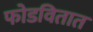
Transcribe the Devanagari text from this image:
फोडवितात